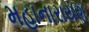
મહાનારાયણ